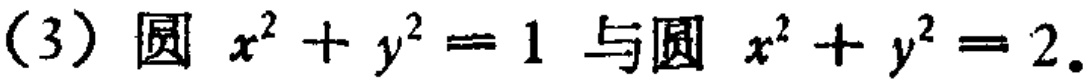
(3) 圆 \(x^{2}+y^{2}=1\) 与圆 \(x^{2}+y^{2}=2\).